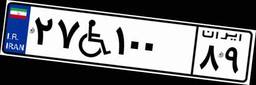
۲۷W۱۰۰۸۹